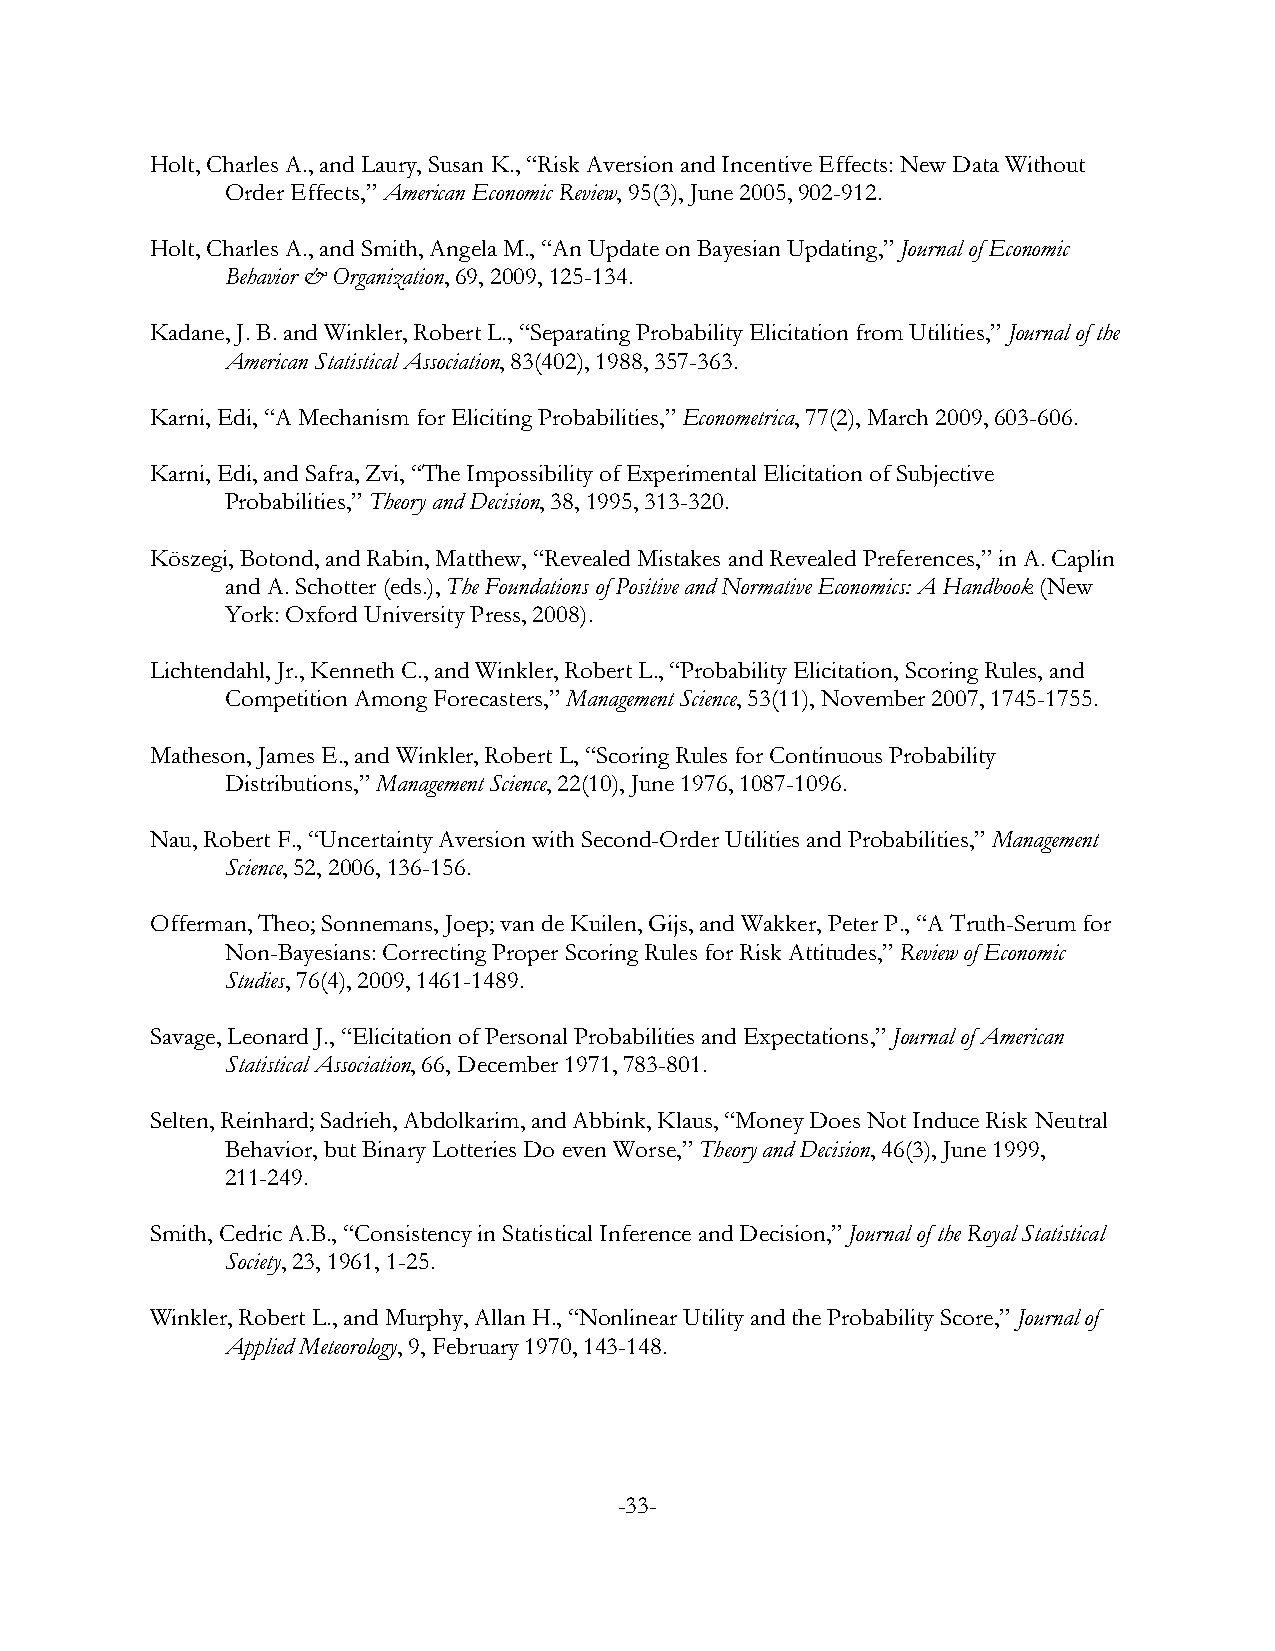
Holt, Charles A., and Laury, Susan K., “Risk Aversion and Incentive Effects: New Data Without
 Order Effects,” American Economic Review, 95(3), June 2005, 902-912.
 Holt, Charles A., and Smith, Angela M., “An Update on Bayesian Updating,” Journal of Economic
 Behavior & Organization, 69, 2009, 125-134.
 Kadane, J. B. and Winkler, Robert L., “Separating Probability Elicitation from Utilities,” Journal of the
 American Statistical Association, 83(402), 1988, 357-363.
 Karni, Edi, “A Mechanism for Eliciting Probabilities,” Econometrica, 77(2), March 2009, 603-606.
 Karni, Edi, and Safra, Zvi, “The Impossibility of Experimental Elicitation of Subjective
 Probabilities,” Theory and Decision, 38, 1995, 313-320.
 Köszegi, Botond, and Rabin, Matthew, “Revealed Mistakes and Revealed Preferences,” in A. Caplin
 and A. Schotter (eds.), The Foundations of Positive and Normative Economics: A Handbook (New
 York: Oxford University Press, 2008).
 Lichtendahl, Jr., Kenneth C., and Winkler, Robert L., “Probability Elicitation, Scoring Rules, and
 Competition Among Forecasters,” Management Science, 53(11), November 2007, 1745-1755.
 Matheson, James E., and Winkler, Robert L, “Scoring Rules for Continuous Probability
 Distributions,” Management Science, 22(10), June 1976, 1087-1096.
 Nau, Robert F., “Uncertainty Aversion with Second-Order Utilities and Probabilities,” Management
 Science, 52, 2006, 136-156.
 Offerman, Theo; Sonnemans, Joep; van de Kuilen, Gijs, and Wakker, Peter P., “A Truth-Serum for
 Non-Bayesians: Correcting Proper Scoring Rules for Risk Attitudes,” Review of Economic
 Studies, 76(4), 2009, 1461-1489.
 Savage, Leonard J., “Elicitation of Personal Probabilities and Expectations,” Journal of American
 Statistical Association, 66, December 1971, 783-801.
 Selten, Reinhard; Sadrieh, Abdolkarim, and Abbink, Klaus, “Money Does Not Induce Risk Neutral
 Behavior, but Binary Lotteries Do even Worse,” Theory and Decision, 46(3), June 1999,
 211-249.
 Smith, Cedric A.B., “Consistency in Statistical Inference and Decision,” Journal of the Royal Statistical
 Society, 23, 1961, 1-25.
 Winkler, Robert L., and Murphy, Allan H., “Nonlinear Utility and the Probability Score,” Journal of
 Applied Meteorology, 9, February 1970, 143-148.
 -33-